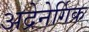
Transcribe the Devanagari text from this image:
अद्रेनेर्गिक